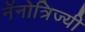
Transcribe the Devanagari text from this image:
नॅनोत्रिज्यी